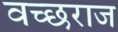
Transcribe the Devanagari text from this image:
वच्छराज